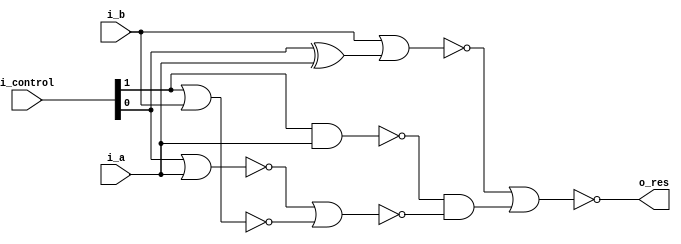
/* Generated by Yosys 0.35+29 (git sha1 921ebc197, clang++ 16.0.6 -fPIC -Os) */

(* top =  1  *)
(* src = "./alu.sv:1.1-16.10" *)
module alu(i_a, i_b, i_control, o_res);
  (* src = "mycells.v:25.8-25.9" *)
  wire _00_;
  (* src = "mycells.v:9.8-9.9" *)
  wire _01_;
  (* src = "mycells.v:25.8-25.9" *)
  wire _02_;
  (* src = "mycells.v:13.8-13.9" *)
  wire _03_;
  (* src = "mycells.v:3.8-3.9" *)
  wire _04_;
  (* src = "mycells.v:25.8-25.9" *)
  wire _05_;
  (* src = "mycells.v:25.8-25.9" *)
  wire _06_;
  (* src = "mycells.v:13.8-13.9" *)
  wire _07_;
  (* src = "mycells.v:25.14-25.19" *)
  wire _08_;
  (* src = "mycells.v:25.14-25.19" *)
  wire _09_;
  (* src = "mycells.v:25.14-25.19" *)
  wire _10_;
  (* src = "mycells.v:25.14-25.19" *)
  wire _11_;
  (* src = "mycells.v:25.14-25.19" *)
  wire _12_;
  (* src = "./alu.sv:2.15-2.18" *)
  input i_a;
  wire i_a;
  (* src = "./alu.sv:3.15-3.18" *)
  input i_b;
  wire i_b;
  (* src = "./alu.sv:4.21-4.30" *)
  input [1:0] i_control;
  wire [1:0] i_control;
  (* src = "./alu.sv:5.17-5.22" *)
  output o_res;
  wire o_res;
  assign _00_ = ~ (* src = "mycells.v:25.12-25.20" *) _08_;
  assign _08_ = i_control[0] | (* src = "mycells.v:25.14-25.19" *) i_a;
  assign _01_ = i_control[0] ^ (* src = "mycells.v:9.12-9.17" *) i_a;
  assign _02_ = ~ (* src = "mycells.v:25.12-25.20" *) _09_;
  assign _09_ = i_b | (* src = "mycells.v:25.14-25.19" *) _01_;
  assign _03_ = i_control[1] & (* src = "mycells.v:13.12-13.17" *) i_a;
  assign _04_ = ~ (* src = "mycells.v:3.12-3.14" *) _03_;
  assign _05_ = ~ (* src = "mycells.v:25.12-25.20" *) _10_;
  assign _10_ = i_control[1] | (* src = "mycells.v:25.14-25.19" *) i_b;
  assign _06_ = ~ (* src = "mycells.v:25.12-25.20" *) _11_;
  assign _11_ = _00_ | (* src = "mycells.v:25.14-25.19" *) _05_;
  assign _07_ = _04_ & (* src = "mycells.v:13.12-13.17" *) _06_;
  assign o_res = ~ (* src = "mycells.v:25.12-25.20" *) _12_;
  assign _12_ = _02_ | (* src = "mycells.v:25.14-25.19" *) _07_;
endmodule